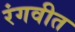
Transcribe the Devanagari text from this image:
रंगवीत